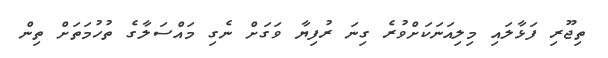
ތިޖޫރި ފަޅާލައި މިލިއަނަކަށްވުރެ ގިނަ ރުފިޔާ ވަގަށް ނެގި މައްސަލާގެ ތުހުމަތަށް ތިން